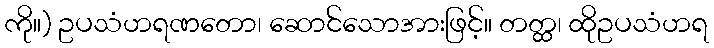
ကို။) ဥပသံဟရဏတော၊ ဆောင်သောအားဖြင့်။ တတ္ထ၊ ထိုဥပသံဟရ